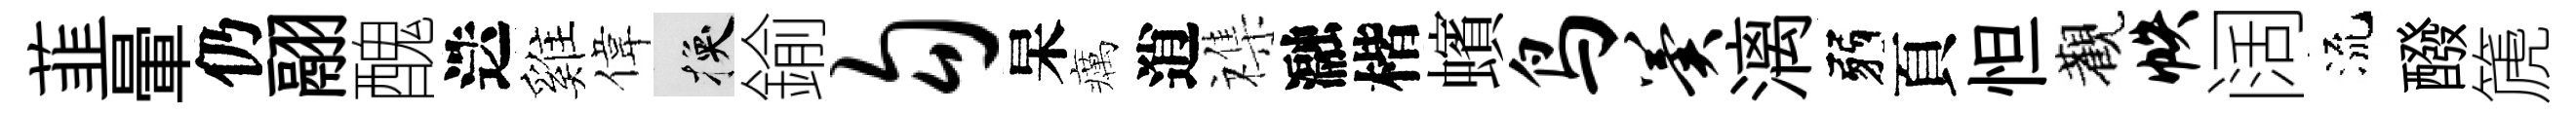
韮暈仍翮醜迭雞偉换鍮勾杲癘逍襍瀜楷蠙鸟翼漓弱頁怛觀帙阔流醱篪